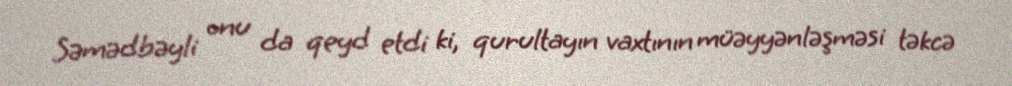
Səmədbəyli onu da qeyd etdi ki, qurultayın vaxtının müəyyənləşməsi təkcə